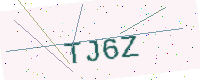
Text: TJ6Z